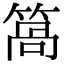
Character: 䈑